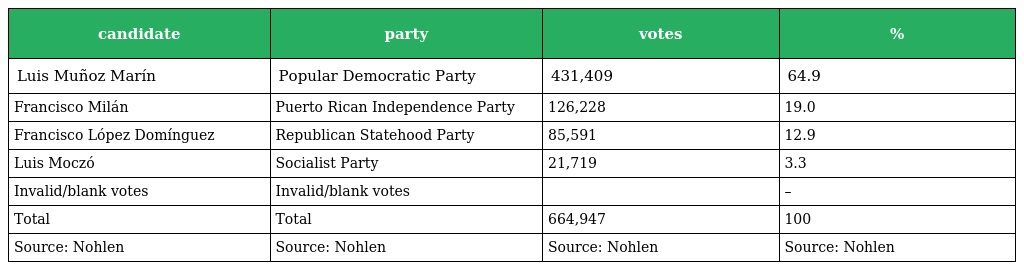
| candidate | party | votes | % |
 | --- | --- | --- | --- |
 | Luis Muñoz Marín | Popular Democratic Party | 431,409 | 64.9 |
 | Francisco Milán | Puerto Rican Independence Party | 126,228 | 19.0 |
 | Francisco López Domínguez | Republican Statehood Party | 85,591 | 12.9 |
 | Luis Moczó | Socialist Party | 21,719 | 3.3 |
 | Invalid/blank votes | Invalid/blank votes |  | – |
 | Total | Total | 664,947 | 100 |
 | Source: Nohlen | Source: Nohlen | Source: Nohlen | Source: Nohlen |